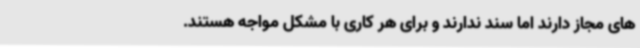
های مجاز دارند اما سند ندارند و برای هر کاری با مشکل مواجه هستند.